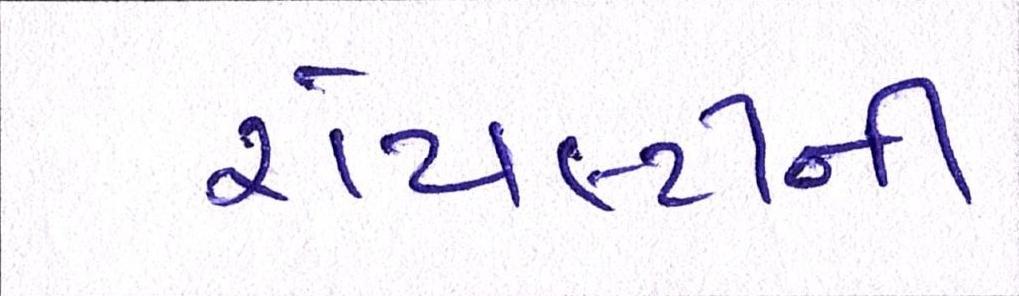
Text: રોયલ્ટીની